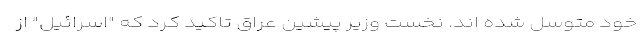
خود متوسل شده اند. نخست وزیر پیشین عراق تاکید کرد که "اسرائیل" از